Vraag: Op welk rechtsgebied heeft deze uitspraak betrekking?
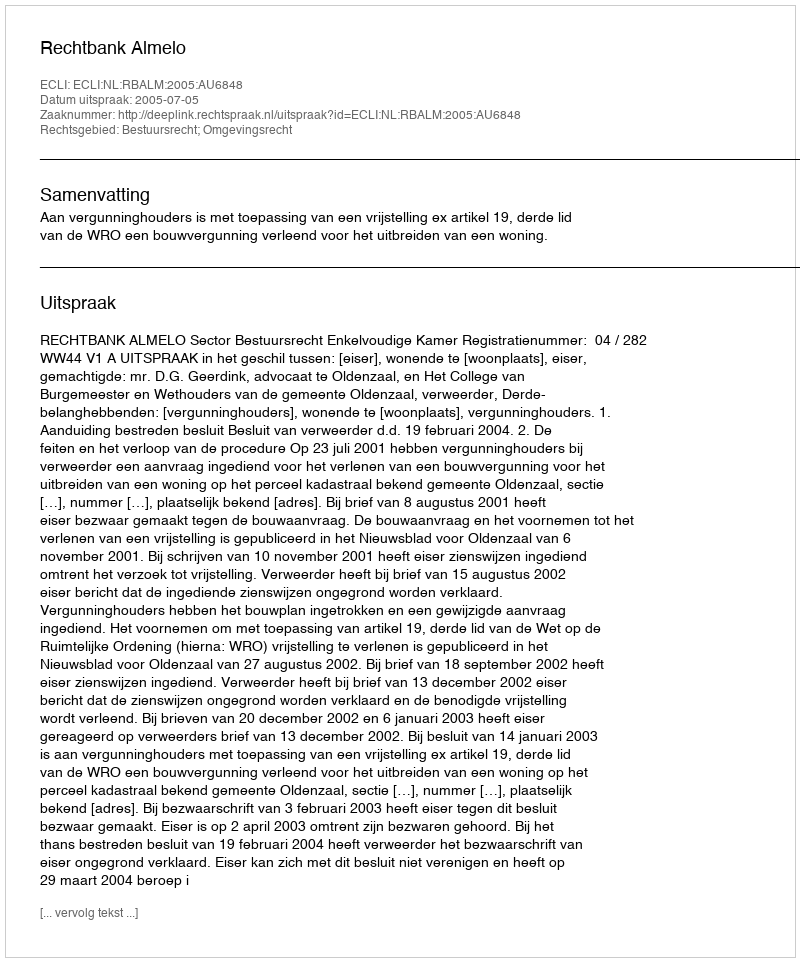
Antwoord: Bestuursrecht; Omgevingsrecht